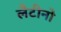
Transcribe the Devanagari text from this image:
लैटीनो